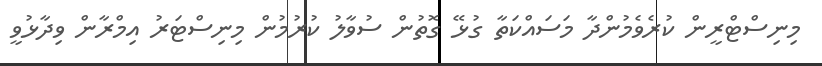
މިނިސްޓްރީން ކުރެވެމުންދާ މަސައްކަތާ ގުޅޭ ގޮތުން ސުވާލު ކުރުމުން މިނިސްޓަރު އިމްރާން ވިދާޅުވީ